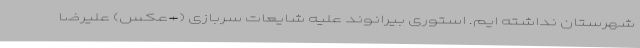
شهرستان نداشته ایم. استوری بیرانوند علیه شایعات سربازی (+عکس) علیرضا